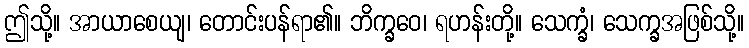
ဤသို့။ အာယာစေယျ၊ တောင်းပန်ရာ၏။ ဘိက္ခဝေ၊ ရဟန်းတို့။ သေက္ခံ၊ သေက္ခအဖြစ်သို့။